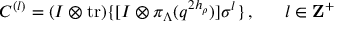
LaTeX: C ^ { ( l ) } = ( I \otimes \mathrm { t r } ) \{ [ I \otimes \pi _ { \Lambda } ( q ^ { 2 h _ { \rho } } ) ] \sigma ^ { l } \} \, , ~ ~ ~ ~ ~ l \in { \bf Z } ^ { + }